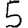
Digit: 5